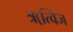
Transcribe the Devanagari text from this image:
ॠत्विज